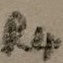
Text: R4